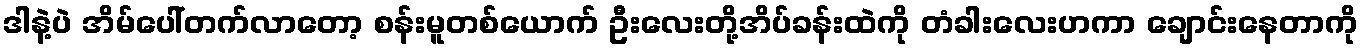
ဒါနဲ့ပဲ အိမ်ပေါ်တက်လာတော့ စန်းမူတစ်ယောက် ဦးလေးတို့အိပ်ခန်းထဲကို တံခါးလေးဟကာ ချောင်းနေတာကို